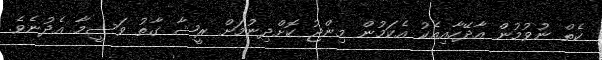
ކެތް ނުވުމުން އާދޭހާއިއެކު އެކަމުން މިންޖު ކޮށްދިނުމަށް ރީޝާ ގާތު ވަސީމާ އެދުނެވެ.